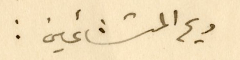
ريح المتشائمين :